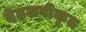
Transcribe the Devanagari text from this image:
देहलवीकृत